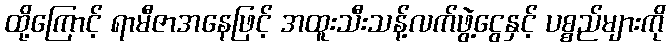
ထို့ကြောင့် ရာမီဇာအနေဖြင့် အထူးသီးသန့်လက်ဖွဲ့ငွေနှင့် ပစ္စည်များကို